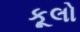
કૂલો